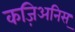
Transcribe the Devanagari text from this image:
कज़िअनिस्